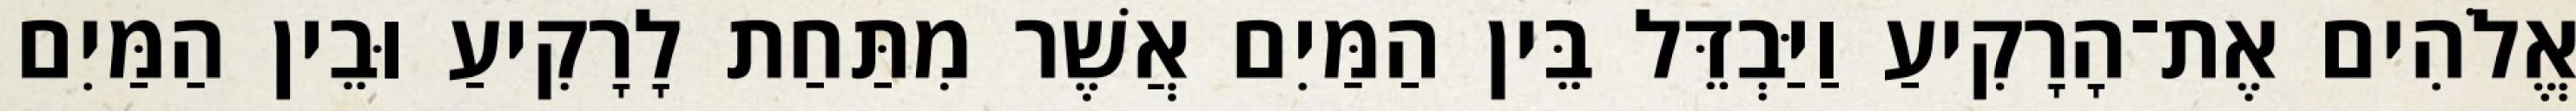
אֱלֹהִים אֶת־הָרָקִיעַ וַיַּבְדֵּל בֵּין הַמַּיִם אֲשֶׁר מִתַּחַת לָרָקִיעַ וּבֵין הַמַּיִם